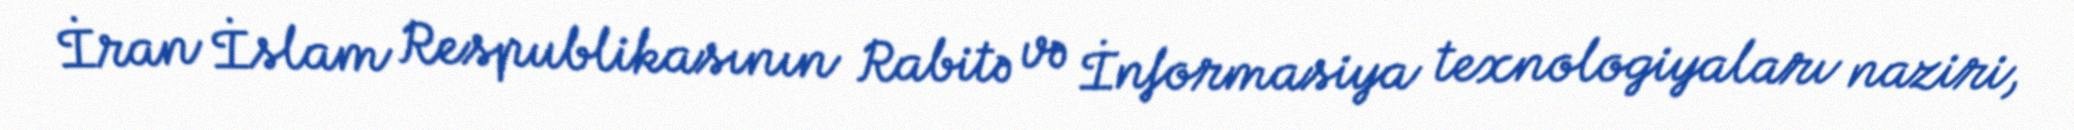
İran İslam Respublikasının Rabitə və İnformasiya texnologiyaları naziri,